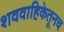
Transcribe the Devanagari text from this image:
शववाहिकेतूनच